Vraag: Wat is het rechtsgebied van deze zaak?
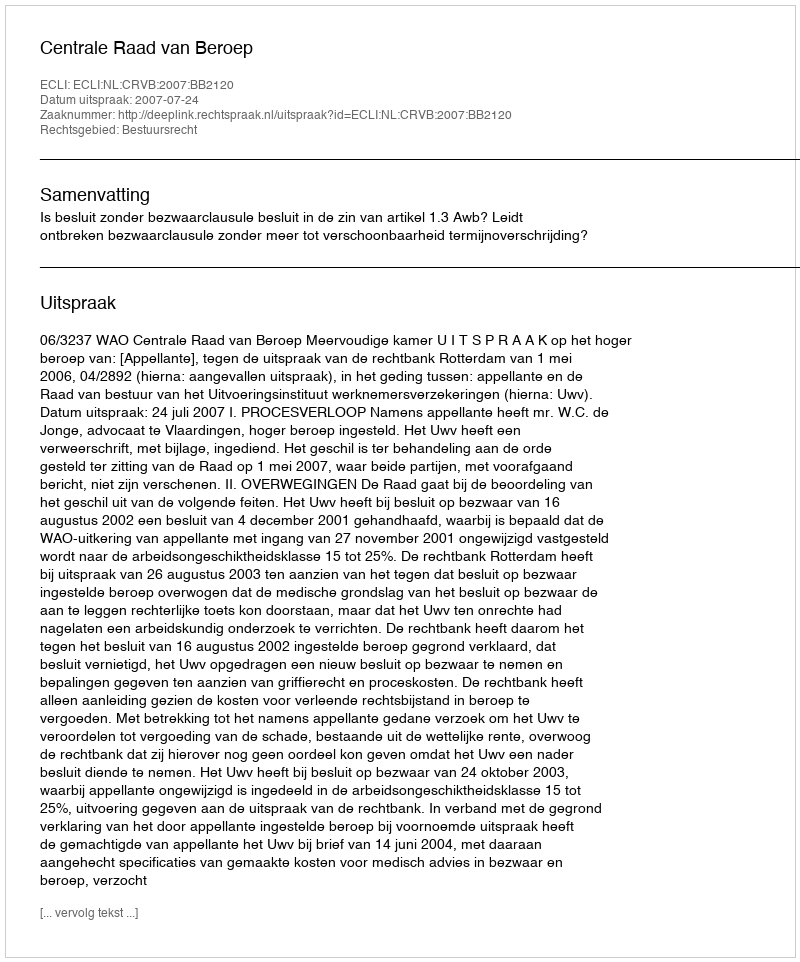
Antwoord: Bestuursrecht